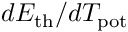
d E _ { \mathrm { t h } } / d T _ { \mathrm { p o t } }